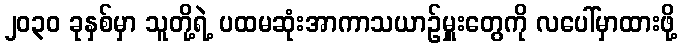
၂၀၃၀ ခုနှစ်မှာ သူတို့ရဲ့ ပထမဆုံးအာကာသယာဉ်မှူးတွေကို လပေါ်မှာထားဖို့